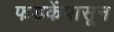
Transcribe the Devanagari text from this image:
फडकेंपासून